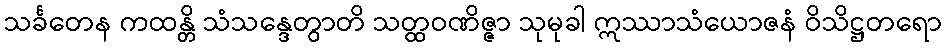
သင်္ခတေန ကထန္တိ သံသန္ဒေတွာတိ သတ္ထဝဏိဇ္ဇာ သုမုခါ ဣဿာသံယောဇနံ ဝိသိဋ္ဌတရော